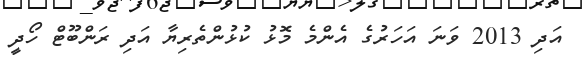
އަދި 2013 ވަނަ އަހަރުގެ އެންމެ މޮޅު ކުޅުންތެރިޔާ އަދި ރަންބޫޓް ހޯދީ